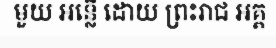
មួយ អន្លើ ដោយ ព្រះរាជ អគ្គ